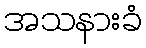
အသနားခံ